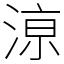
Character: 鿌